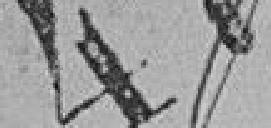
478